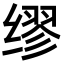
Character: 缪